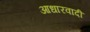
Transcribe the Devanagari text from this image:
आधारवादी